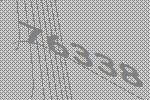
76338